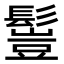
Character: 𩮖